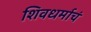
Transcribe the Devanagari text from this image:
शिवधर्माचं